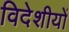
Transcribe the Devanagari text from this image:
विदेशीयों